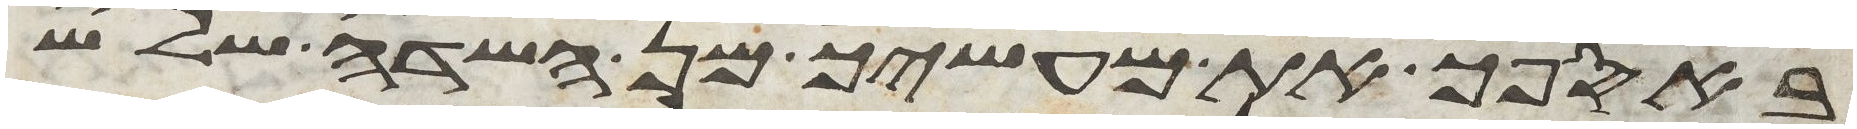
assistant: באספך את מעשיך מן השדה שלש